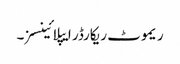
ریموٹ ریکارڈر ایپلائینسز۔